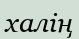
халің